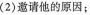
(2)邀请他的原因；